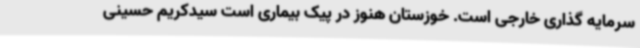
سرمایه گذاری خارجی است. خوزستان هنوز در پیک بیماری است سیدکریم حسینی